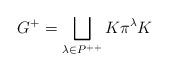
LaTeX: \begin{align*}G^+ = \bigsqcup_{\lambda \in P^{++}} K \pi^\lambda K\end{align*}